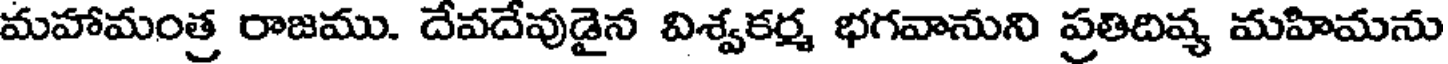
మహామంత్ర రాజము. దేవదేవుడైన విశ్వకర్మ భగవానుని ప్రతిదివ్య మహిమను